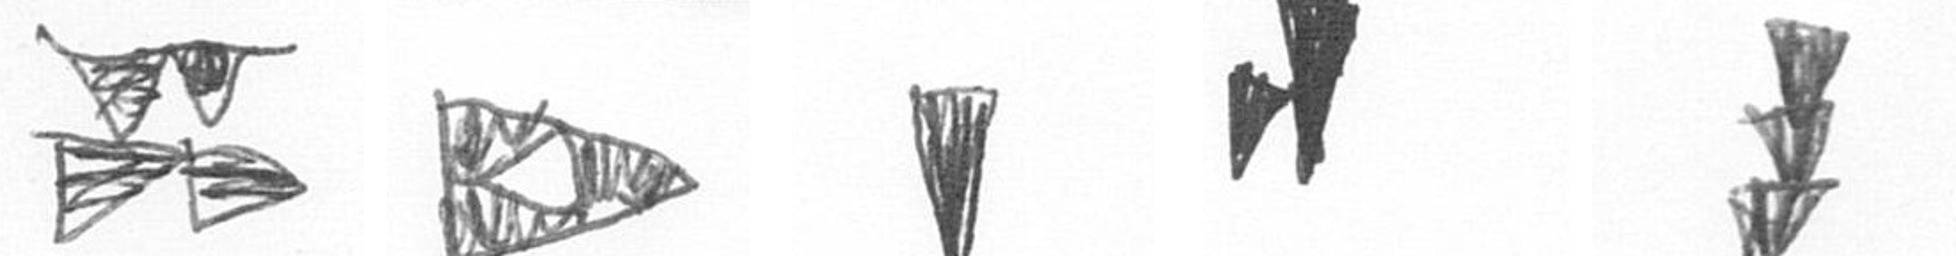
B K J M E